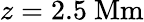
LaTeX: z=2.5\ \mathrm{Mm}